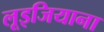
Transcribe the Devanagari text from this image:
लूइजियाना